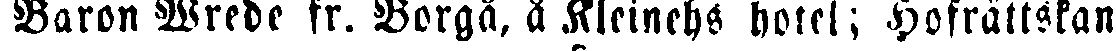
Baron Wrede fr. Borgå, å Kleinehs hotel; Hofrättskan.